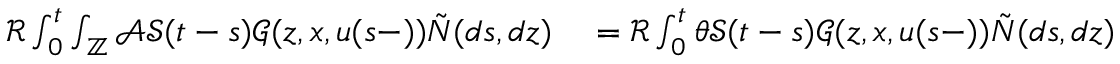
\begin{array} { r l } { \mathcal { R } \int _ { 0 } ^ { t } \int _ { \mathbb { Z } } \mathcal { A } \mathcal { S } ( t - s ) \mathcal { G } ( z , x , u ( s - ) ) \tilde { N } ( d s , d z ) } & { { } = \mathcal { R } \int _ { 0 } ^ { t } \theta \mathcal { S } ( t - s ) \mathcal { G } ( z , x , u ( s - ) ) \tilde { N } ( d s , d z ) } \end{array}